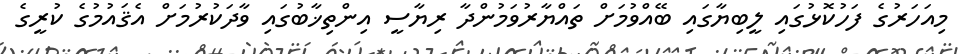
މިއަހަރުގެ ފަހުކޮޅުގައި ލީބިޔާގައި ބޭއްވުމަށް ތައްޔާރުވަމުންދާ ރިޔާސީ އިންތިޚާބުގައި ވާދަކުރުމަށް އެޤައުމުގެ ކުރީގެ